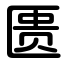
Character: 匮